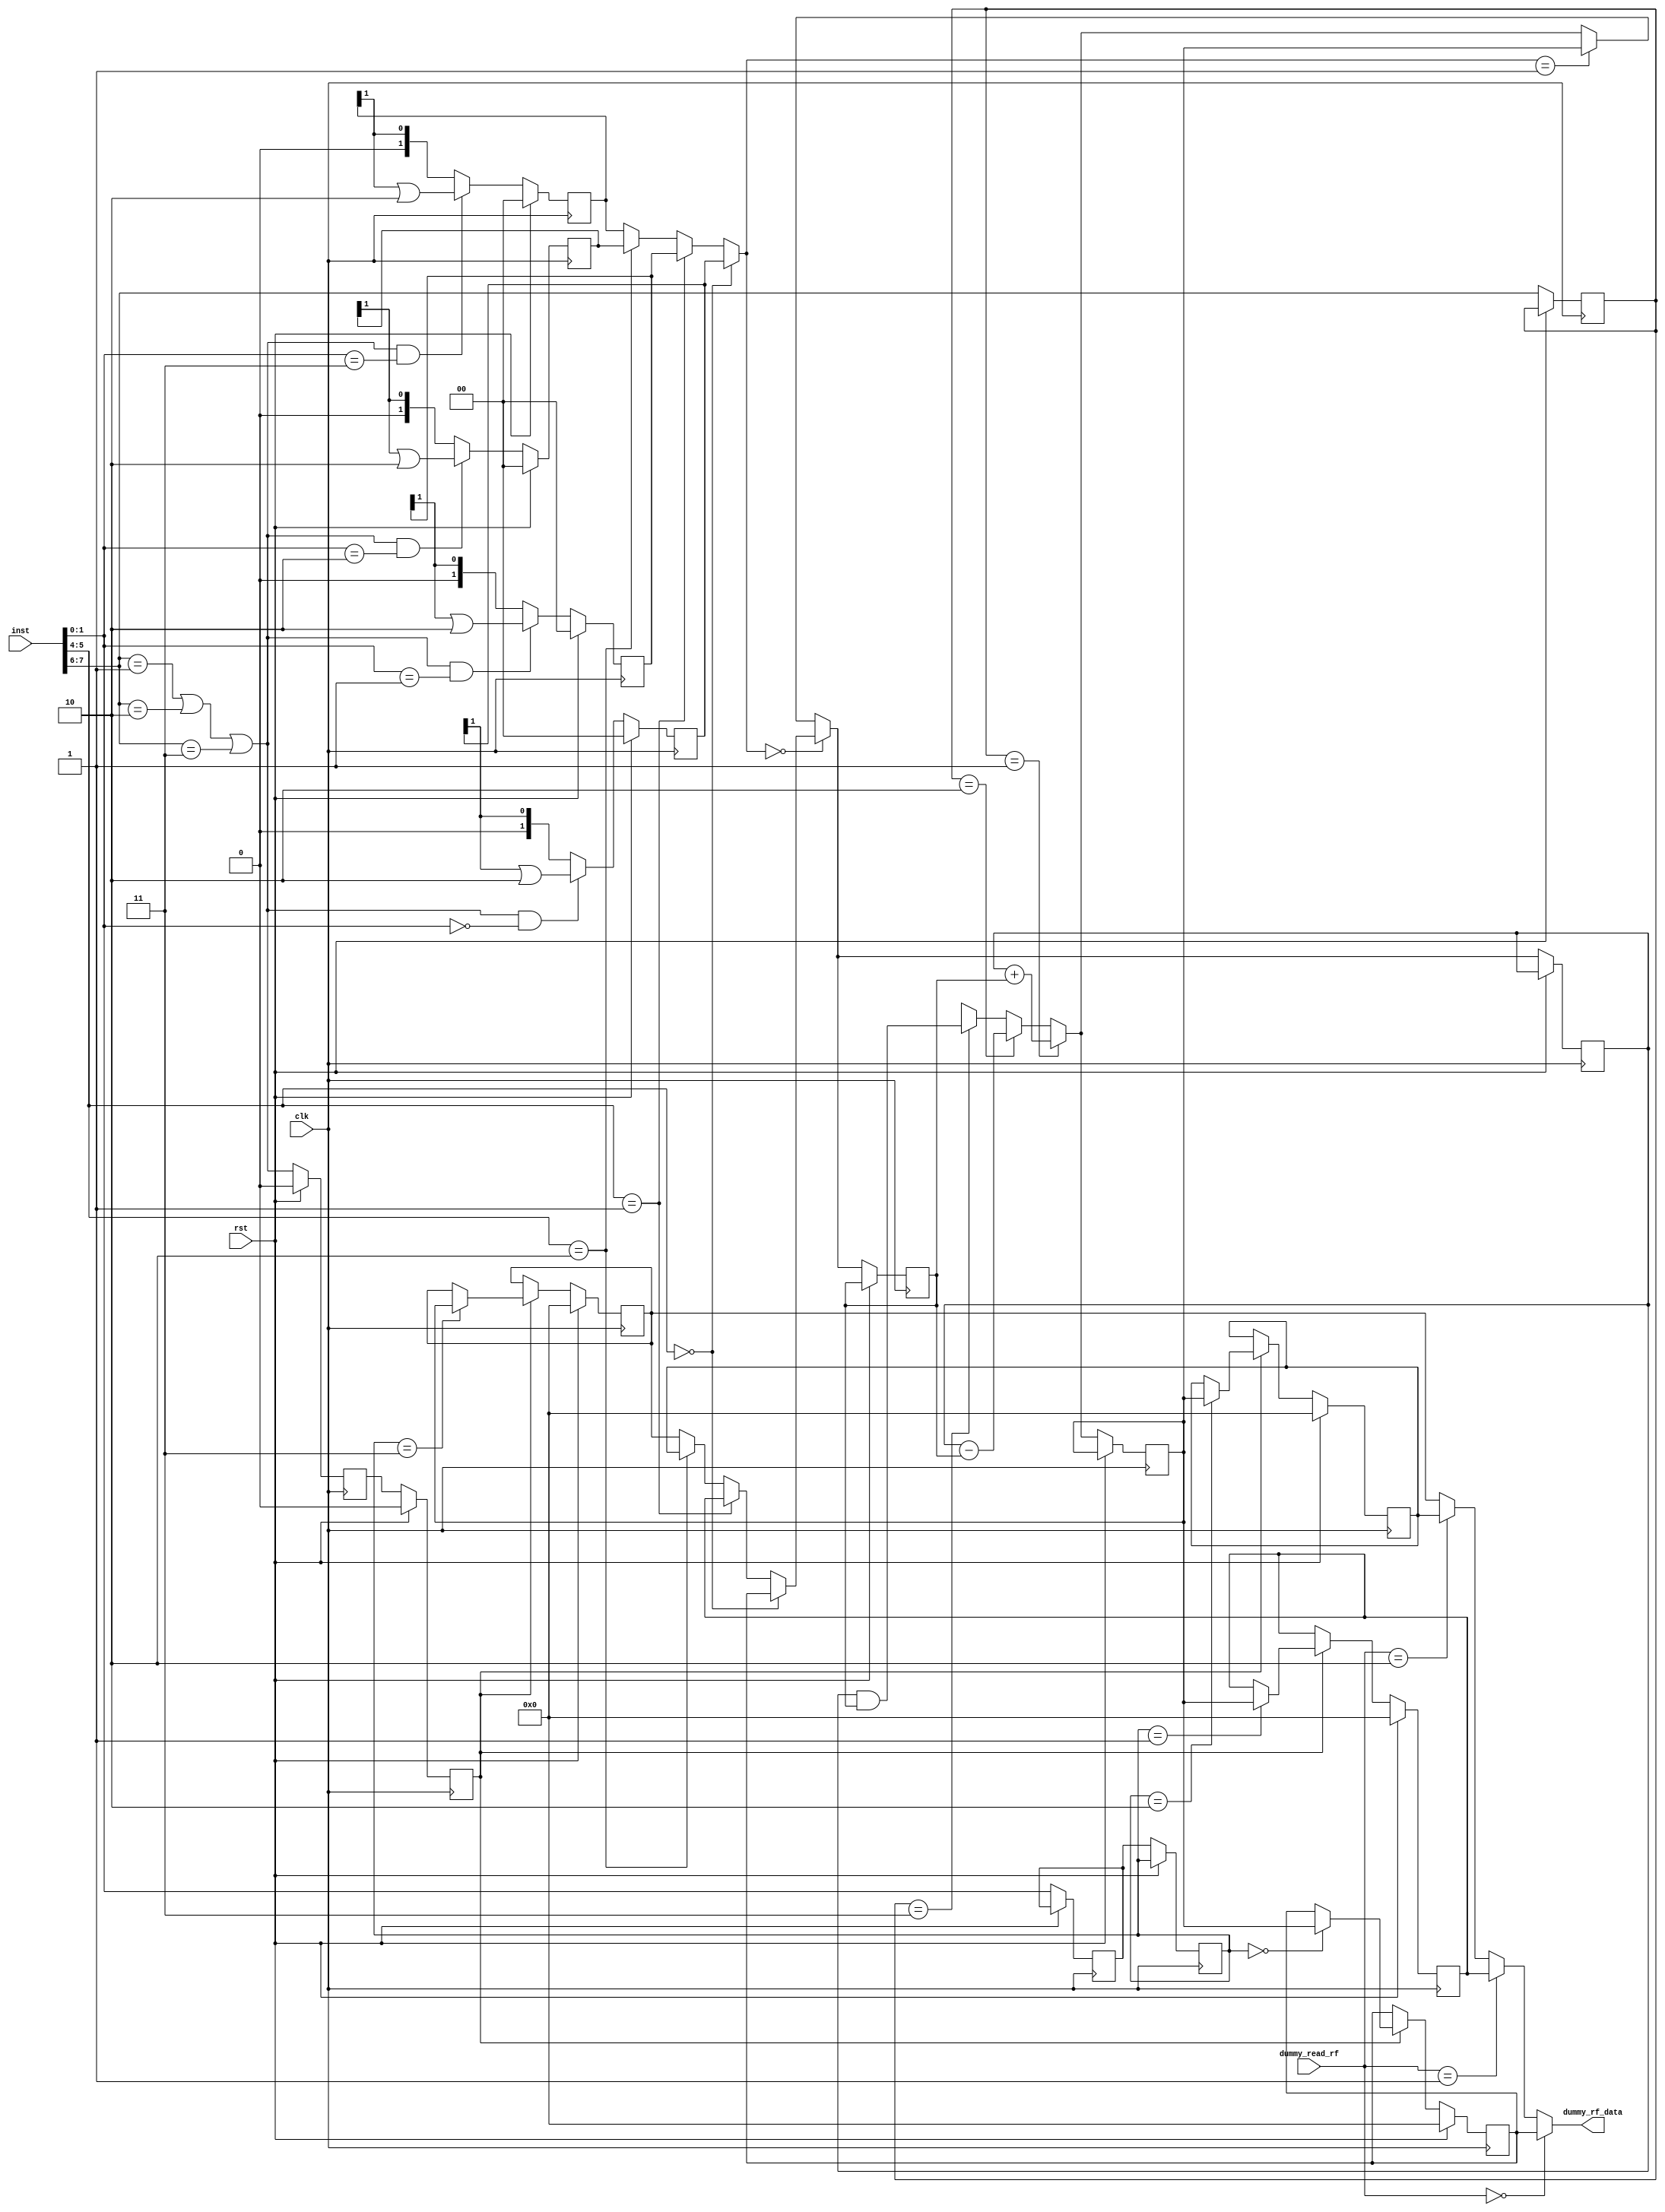

// Hongce Zhang @ Princeton
// A simple pipelined processor
// that can only do add/sub/nop/and
// with only 4 registers
// for simplicity, we even make the instruction part
// as input
// 2-bit op, 2-bit rs1, 2-bit rs2, 2-bit rd
// -- ID --|-- EX --|-- WB
//    ^          |      |
//    |          |      |
//    -------------------
// forwarding

`define  OP_NOP 2'b00
`define  OP_ADD 2'b01
`define  OP_SUB 2'b10
`define  OP_AND 2'b11

module pipeline_v(input clk, input rst, input [7:0] inst, input [1:0] dummy_read_rf, output [7:0] dummy_rf_data );

wire [1:0] op; 
wire [1:0] rs1;
wire [1:0] rs2;
wire [1:0] rd; 
wire id_wen;

// main pipeline
reg [7:0] id_ex_rs1_val;
reg [7:0] id_ex_rs2_val;
reg [1:0] id_ex_op;
reg [1:0] id_ex_rd;
reg       id_ex_reg_wen;

wire[7:0] ex_alu_result;
reg [7:0] ex_wb_val;
reg [1:0] ex_wb_rd;
reg       ex_wb_reg_wen;

reg [7:0] registers[3:0];

// -----------------------------------------------------------
// simple score board : track where are the writes
// -0-0- no where that writes, no fw
// -0-1- fw from WB
// -1-0- fw from EX
// -1-1- fw from EX
reg [1:0] reg_0_w_stage;
reg [1:0] reg_1_w_stage;
reg [1:0] reg_2_w_stage;
reg [1:0] reg_3_w_stage;
wire [1:0] reg_0_w_stage_nxt = {1'b0, reg_0_w_stage[1]};
wire [1:0] reg_1_w_stage_nxt = {1'b0, reg_1_w_stage[1]};// reg_1_w_stage >> 1;
wire [1:0] reg_2_w_stage_nxt = {1'b0, reg_2_w_stage[1]};// reg_2_w_stage >> 1;
wire [1:0] reg_3_w_stage_nxt = {1'b0, reg_3_w_stage[1]};// reg_3_w_stage >> 1;

//-------------------------------------------------------------------
// ID


wire [7:0] id_rs1_val;
wire [7:0] id_rs2_val;

wire [1:0] rs1_stage_info;
wire [1:0] rs2_stage_info;
wire [7:0] rs1_val;
wire [7:0] rs2_val;

//-------------------------------------------------------------------

assign op = inst[7:6];
assign rs1= inst[5:4];
assign rs2= inst[3:2];
assign rd = inst[1:0];
assign id_wen = op == `OP_ADD || op == `OP_SUB || op == `OP_AND;

assign dummy_rf_data =  dummy_read_rf == 0 ? registers[0] : 
                        dummy_read_rf == 1 ? registers[1] : 
                        dummy_read_rf == 2 ? registers[2] : 
                            registers[3];



// -----------------------------------------------------------
// simple score board : track where are the writes
always @(posedge clk) begin
    if (rst) 
        // reset
        reg_0_w_stage <= 2'b0;
    else  begin
        if(id_wen && rd == 0)
            reg_0_w_stage <= reg_0_w_stage_nxt | 2'b10;
        else
            reg_0_w_stage <= reg_0_w_stage_nxt;
    end
end

always @(posedge clk) begin
    if (rst) 
        // reset
        reg_1_w_stage <= 2'b0;
    else  begin
        if(id_wen && rd == 1)
            reg_1_w_stage <= reg_1_w_stage_nxt | 2'b10;
        else
            reg_1_w_stage <= reg_1_w_stage_nxt;
    end
end

always @(posedge clk) begin
    if (rst) 
        // reset
        reg_2_w_stage <= 2'b0;
    else  begin
        if(id_wen && rd == 2)
            reg_2_w_stage <= reg_2_w_stage_nxt | 2'b10;
        else
            reg_2_w_stage <= reg_2_w_stage_nxt;
    end
end

always @(posedge clk) begin
    if (rst) 
        // reset
        reg_3_w_stage <= 2'b0;
    else  begin
        if(id_wen && rd == 3)
            reg_3_w_stage <= reg_3_w_stage_nxt | 2'b10;
        else
            reg_3_w_stage <= reg_3_w_stage_nxt;
    end
end

// -----------------------------------------------------------
// ID
// forwarding

assign rs1_stage_info = rs1 == 2'd0 ? reg_0_w_stage : 
                            rs1 == 2'd1 ? reg_1_w_stage : 
                            rs1 == 2'd2 ? reg_2_w_stage : 
                                       reg_3_w_stage ;

assign rs2_stage_info = rs2 == 2'd0 ? reg_0_w_stage : 
                            rs2 == 2'd1 ? reg_1_w_stage : 
                            rs2 == 2'd2 ? reg_2_w_stage : 
                                       reg_3_w_stage ;


assign rs1_val =        rs1 == 2'd0 ? registers[0] :
                        rs1 == 2'd1 ? registers[1] :
                        rs1 == 2'd2 ? registers[2] :
                            registers[3];
assign rs2_val =    rs2 == 2'd0 ? registers[0] :
                        rs2 == 2'd1 ? registers[1] :
                        rs2 == 2'd2 ? registers[2] :
                            registers[3];

assign id_rs1_val = rs1_stage_info == 2'b00 ? rs1_val :
                    rs1_stage_info == 2'b01 ? ex_wb_val :
                    ex_alu_result ; // 10/11

assign id_rs2_val = rs1_stage_info == 2'b00 ? rs1_val :
                    rs1_stage_info == 2'b01 ? ex_wb_val :
                    ex_alu_result ; // 10/11

always @(posedge clk) begin
    if(rst) begin
        id_ex_reg_wen <= 1'b0;
    end
    else begin
        id_ex_op <= op;
        id_ex_reg_wen <= id_wen;
        id_ex_rd <= rd;
        id_ex_rs1_val <= id_rs1_val;
        id_ex_rs2_val <= id_rs2_val;
    end
end
// EX

assign ex_alu_result =  id_ex_op == `OP_ADD ? id_ex_rs1_val + id_ex_rs2_val :
                        id_ex_op == `OP_SUB ? id_ex_rs1_val - id_ex_rs2_val :
                        id_ex_op == `OP_AND ? id_ex_rs1_val & id_ex_rs2_val :
                        8'bxxxxxxxx;

always @(posedge clk) begin
    if (rst) begin
        // reset
        ex_wb_reg_wen <= 1'b0;
    end
    else begin
        ex_wb_reg_wen <= id_ex_reg_wen;
        ex_wb_val <= ex_alu_result;
        ex_wb_rd <= id_ex_rd;
    end
end

// WB
always @(posedge clk ) begin
    if (rst) begin
        // reset
        registers[0] <= 8'd0;
        registers[1] <= 8'd0;
        registers[2] <= 8'd0;
        registers[3] <= 8'd0;
    end
    else if (ex_wb_reg_wen) begin
        case (ex_wb_rd)
        2'd0: registers[0] <= ex_wb_val;
        2'd1: registers[1] <= ex_wb_val;
        2'd2: registers[2] <= ex_wb_val;
        2'd3: registers[3] <= ex_wb_val;
        default: registers[0] <= ex_wb_val; // nouse
        endcase
    end
end

/*inner_assign_list*/

endmodule